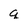
Character: q